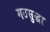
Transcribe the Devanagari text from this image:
मठसुद्धा